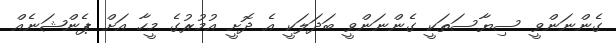
ގެންނަންވީ ސިޔާސަތަކީ ގެންނަންވީ ބަދަލަކީ އެ ދޮށީ އުމުރުގެ މީހާ އަށް ޕެންޝަނެއް